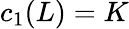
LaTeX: c_{1}(L)=K